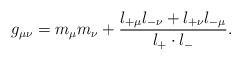
LaTeX: \begin{align*}g_{\mu\nu}=m_\mu m_\nu+\frac{l_{+\mu}l_{-\nu}+l_{+\nu}l_{-\mu}}{l_+ \cdot l_-}.\end{align*}